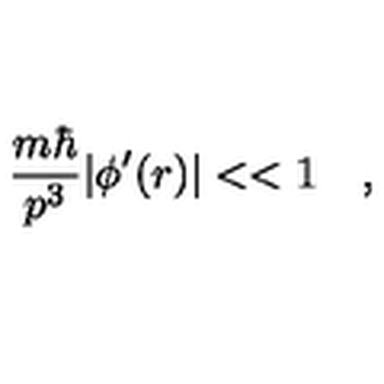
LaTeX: { \frac { m \hbar } { p ^ { 3 } } } | \phi ^ { \prime } ( r ) | < < 1 \quad ,